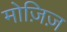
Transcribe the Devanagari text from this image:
मोज़िज़